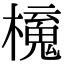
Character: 𣝂